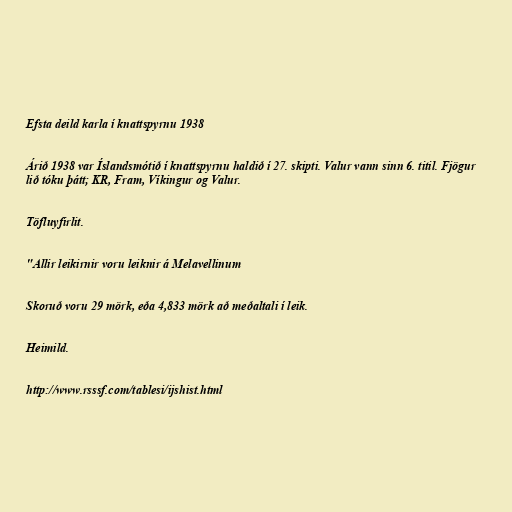
Efsta deild karla í knattspyrnu 1938

Árið 1938 var Íslandsmótið í knattspyrnu haldið í 27. skipti. Valur vann sinn 6. titil. Fjögur
lið tóku þátt; KR, Fram, Víkingur og Valur.

Töfluyfirlit.

"Allir leikirnir voru leiknir á Melavellinum

Skoruð voru 29 mörk, eða 4,833 mörk að meðaltali í leik.

Heimild.

http://www.rsssf.com/tablesi/ijshist.html